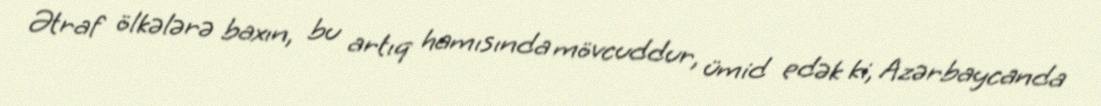
Ətraf ölkələrə baxın, bu artıq hamısında mövcuddur, ümid edək ki, Azərbaycanda